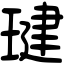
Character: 𤧣